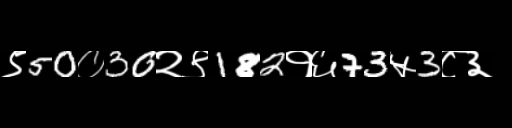
Text: ९50०30२९182१६73५3८३